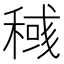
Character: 稶